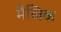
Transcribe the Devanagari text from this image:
मैखिक